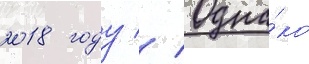
2018 году // Одна́ко